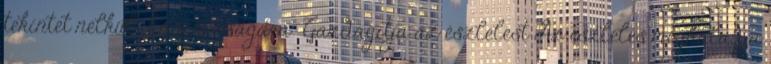
tekintet nélkül „hasznosságára” Gazdagítja az észlelést Az észlelés meghaladja